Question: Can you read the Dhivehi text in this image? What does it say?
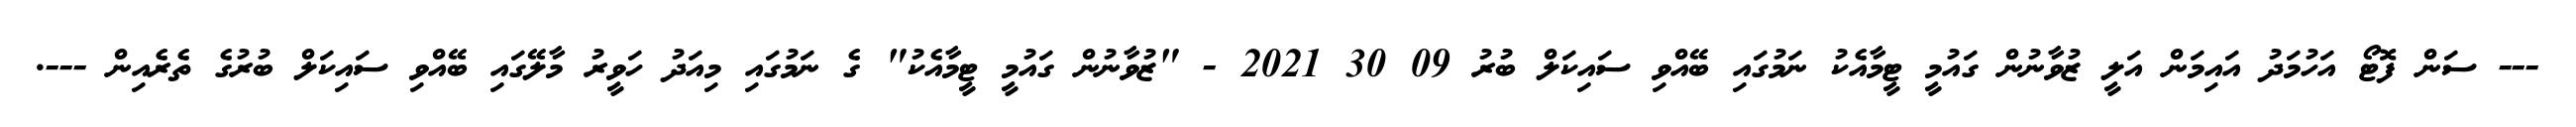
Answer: --- ސަން ފޮޓޯ އަހުމަދު އައިމަން އަލީ ޒުވާނުން ގައުމީ ޓީމާއެކު ނަމުގައި ބޭއްވި ސައިކަލް ބުރު 09 30 2021 - "ޒުވާނުން ގައުމީ ޓީމާއެކު" ގެ ނަމުގައި މިއަދު ހަވީރު މާލޭގައި ބޭއްވި ސައިކަލް ބުރުގެ ތެރެއިން ---.